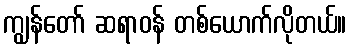
ကျွန်တော် ဆရာဝန် တစ်ယောက်လိုတယ်။